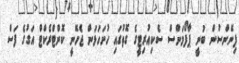
ފިނޭންސުން ބުނީ ޕާފޯމަންސް ސެކިއުރިޓީގެ ގޮތުގައި ހުށަހަޅަން ޖެހޭނީ ކޮންޓްރެކްޓް އަގުގެ ފަސް